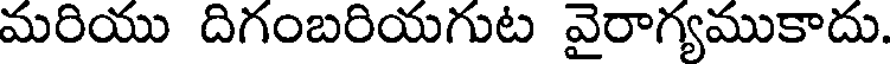
మరియు దిగంబరియగుట వైరాగ్యముకాదు.